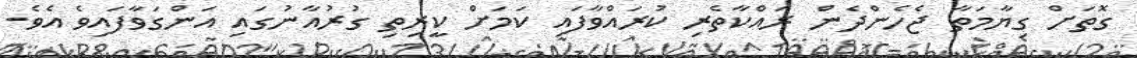
ގޮތަށް ގިޔާމަތާ ޖެހެންދެން ރައްކާތެރި ކުރައްވާފައި ކަމަށް ކީރިތި ގުރުއާނުގައި އަންގަވާފައިވެ އެވެ.